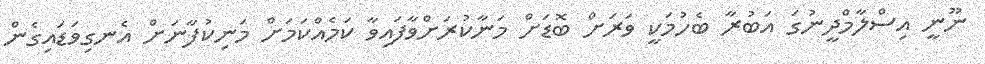
ނޫނީ އިސްލާމްދީނުގަ އަބުރާ ބެހުމަކީ ވަރަށް ބޮޑަށް މަނާކުރަށްވާފައިވާ ކަމެއްކަމަށް މަނިކުފާނަށް އެނގިވަޑައިގެން